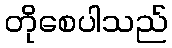
တိုစေပါသည်